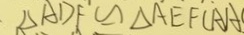
\Delta A D F \cong \Delta A E F ( A A